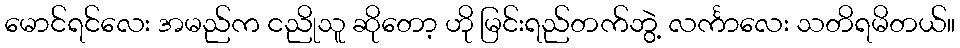
မောင်ရင်လေး အမည်က ငညိုသူ ဆိုတော့ ဟို မြင်းရည်တက်ဘွဲ့ လင်္ကာလေး သတိရမိတယ်။